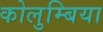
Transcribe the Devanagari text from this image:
कोलुम्बिया